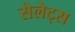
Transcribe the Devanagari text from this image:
सैलेट्स